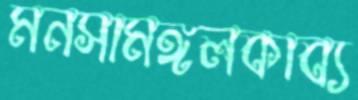
মনসামঙ্গলকাব্য